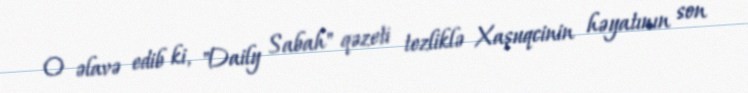
O əlavə edib ki, "Daily Sabah" qəzeti tezliklə Xaşuqcinin həyatının son